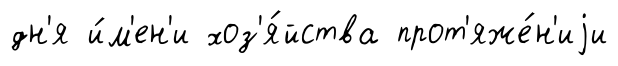
дн'я и́м'ен'и хоз'я́йства прот'яже́н'иjи